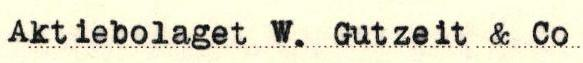
Aktiebolaget W. Gutzeit & Co